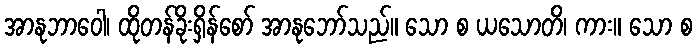
အာနုဘာဝေါ၊ ထိုတန်ခိုးရှိန်စော် အာနုဘော်သည်။ သော စ ယသောတိ၊ ကား။ သော စ